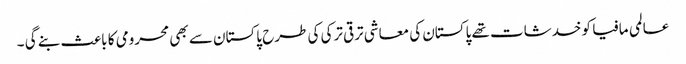
عالمی مافیا کو خدشات تھے پاکستان کی معاشی ترقی ترکی کی طرح پاکستان سے بھی محرومی کا باعث بنے گی ۔